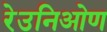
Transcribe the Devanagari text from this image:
रेउनिओण